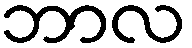
ဘာလ